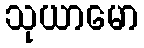
သုယာမော